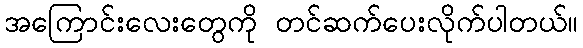
အကြောင်းလေးတွေကို တင်ဆက်ပေးလိုက်ပါတယ်။